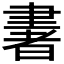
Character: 𦘠